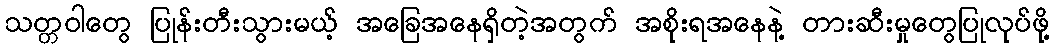
သတ္တဝါတွေ ပြုန်းတီးသွားမယ့် အခြေအနေရှိတဲ့အတွက် အစိုးရအနေနဲ့ တားဆီးမှုတွေပြုလုပ်ဖို့